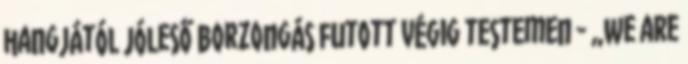
hangjától jóleső borzongás futott végig testemen - „we are